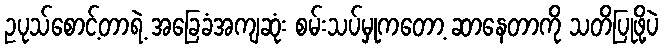
ဥပုသ်စောင့်တာရဲ့ အခြေခံအကျဆုံး စမ်းသပ်မှုကတော့ ဆာနေတာကို သတိပြုဖို့ပဲ